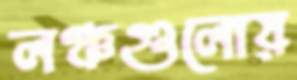
লঞ্চগুলোয়